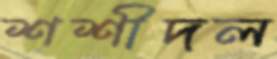
শশীদল